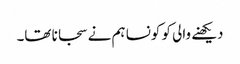
دیکھنے والی کو کونسا ہم نے سجانا تھا۔